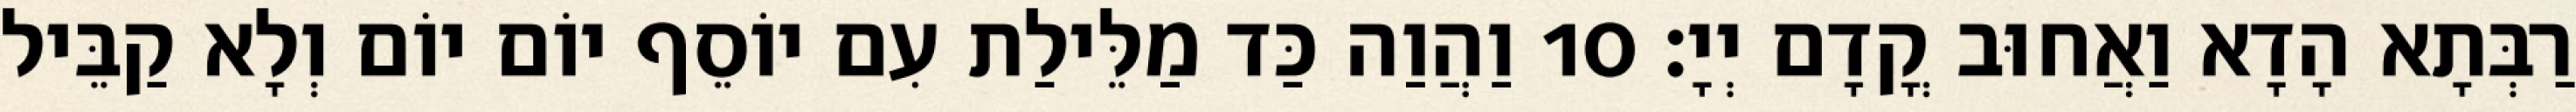
רַבְּתָא הָדָא וַאֲחוּב קֳדָם יְיָ׃ 10 וַהֲוַה כַּד מַלֵּילַת עִם יוֹסֵף יוֹם יוֹם וְלָא קַבֵּיל